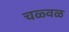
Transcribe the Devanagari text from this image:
चळ्वळ